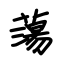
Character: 蕩